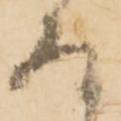
存